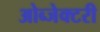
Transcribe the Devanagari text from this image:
ओब्जेक्टरी